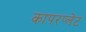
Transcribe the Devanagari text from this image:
कापरप्लेट